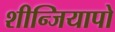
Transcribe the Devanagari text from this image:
शीन्जियापो